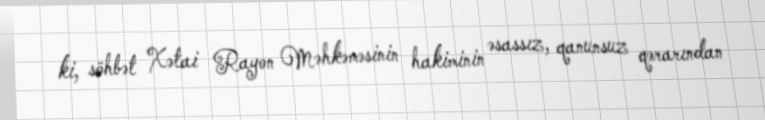
ki, söhbət Xətai Rayon Məhkəməsinin hakiminin əsassız, qanunsuz qərarından